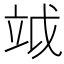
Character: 𥩡